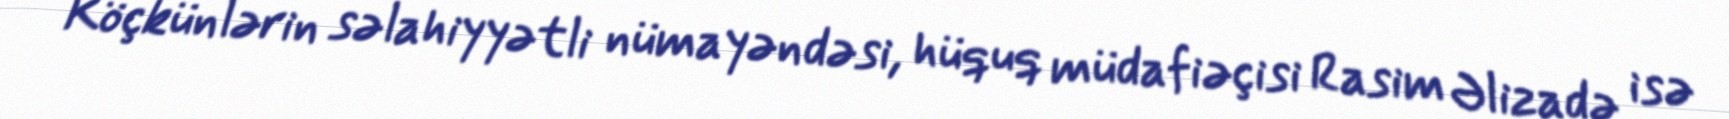
Köçkünlərin səlahiyyətli nümayəndəsi, hüquq müdafiəçisi Rasim Əlizadə isə